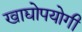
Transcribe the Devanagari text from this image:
खाद्योपयोगी